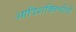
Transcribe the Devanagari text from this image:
आदिशक्तिचीचे